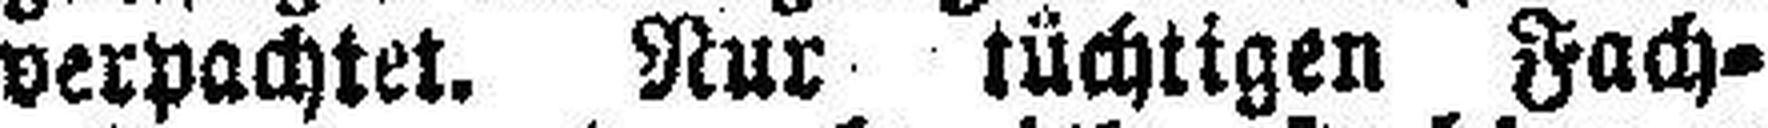
verpachtet. Nur tüchtigen Fach¬